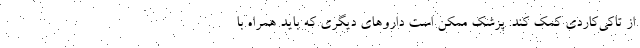
از تاکی‌کاردی کمک کند. پزشک ممکن است داروهای دیگری که باید همراه با